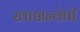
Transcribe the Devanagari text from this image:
खाद्यान्वेषी